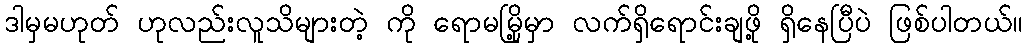
ဒါမှမဟုတ် ဟုလည်းလူသိများတဲ့ ကို ရောမမြို့မှာ လက်ရှိရောင်းချဖို့ ရှိနေပြီပဲ ဖြစ်ပါတယ်။